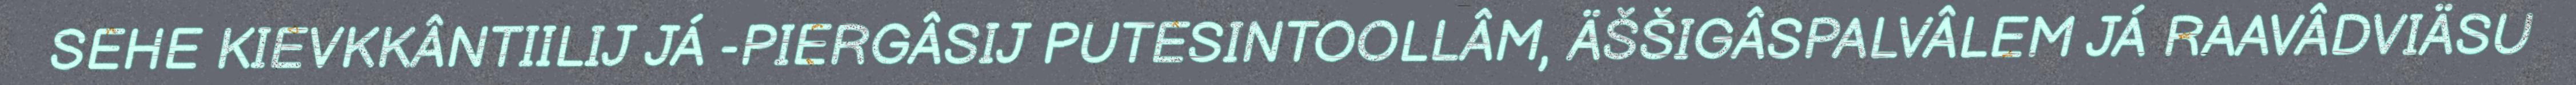
SEHE KIEVKKÂNTIILIJ JÁ -PIERGÂSIJ PUTESINTOOLLÂM, ÄŠŠIGÂSPALVÂLEM JÁ RAAVÂDVIÄSU